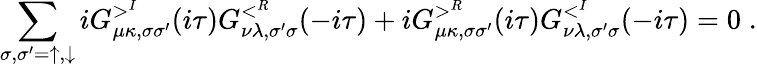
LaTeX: \sum_{\sigma,\sigma^{\prime}=\uparrow,\downarrow}iG_{\mu\kappa,\sigma\sigma^{\prime}}^{>^{I}}(i\tau)G_{\nu\lambda,\sigma^{\prime}\sigma}^{<^{R}}(-i\tau)+iG_{\mu\kappa,\sigma\sigma^{\prime}}^{>^{R}}(i\tau)G_{\nu\lambda,\sigma^{\prime}\sigma}^{<^{I}}(-i\tau)=0\; .